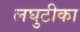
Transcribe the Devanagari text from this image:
लघुटीका